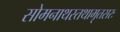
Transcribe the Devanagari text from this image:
सोमनाथस्तथामृतसरः